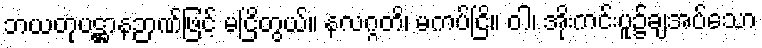
ဘယတုပဋ္ဌာနဉာဏ်ဖြင့် မငြိတွယ်။ နလဂ္ဂတိ၊ မကပ်ငြိ။ ဝါ၊ အိုးကင်းပူ၌ချအပ်သော